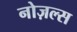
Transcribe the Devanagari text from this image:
नोज़ल्स